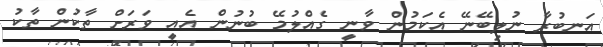
އަނބުރާ ނުލިބޭނޭ އެކަމުން ވާނީ ގެއްލުމޭ ބުނުން އެއީ ވަރަށް ތާކުން ތާކު